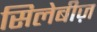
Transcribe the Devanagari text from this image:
सिलेबीज़